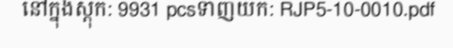
នៅក្នុងស្តុក: 9931 pcsទាញយក: RJP5-10-0010.pdf